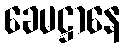
ခေမဋ္ဌာနေ